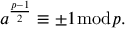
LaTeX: a ^ { \frac { p - 1 } { 2 } } \equiv \pm 1 { \bmod { p } } .